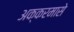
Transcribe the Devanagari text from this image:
अक्करमासे